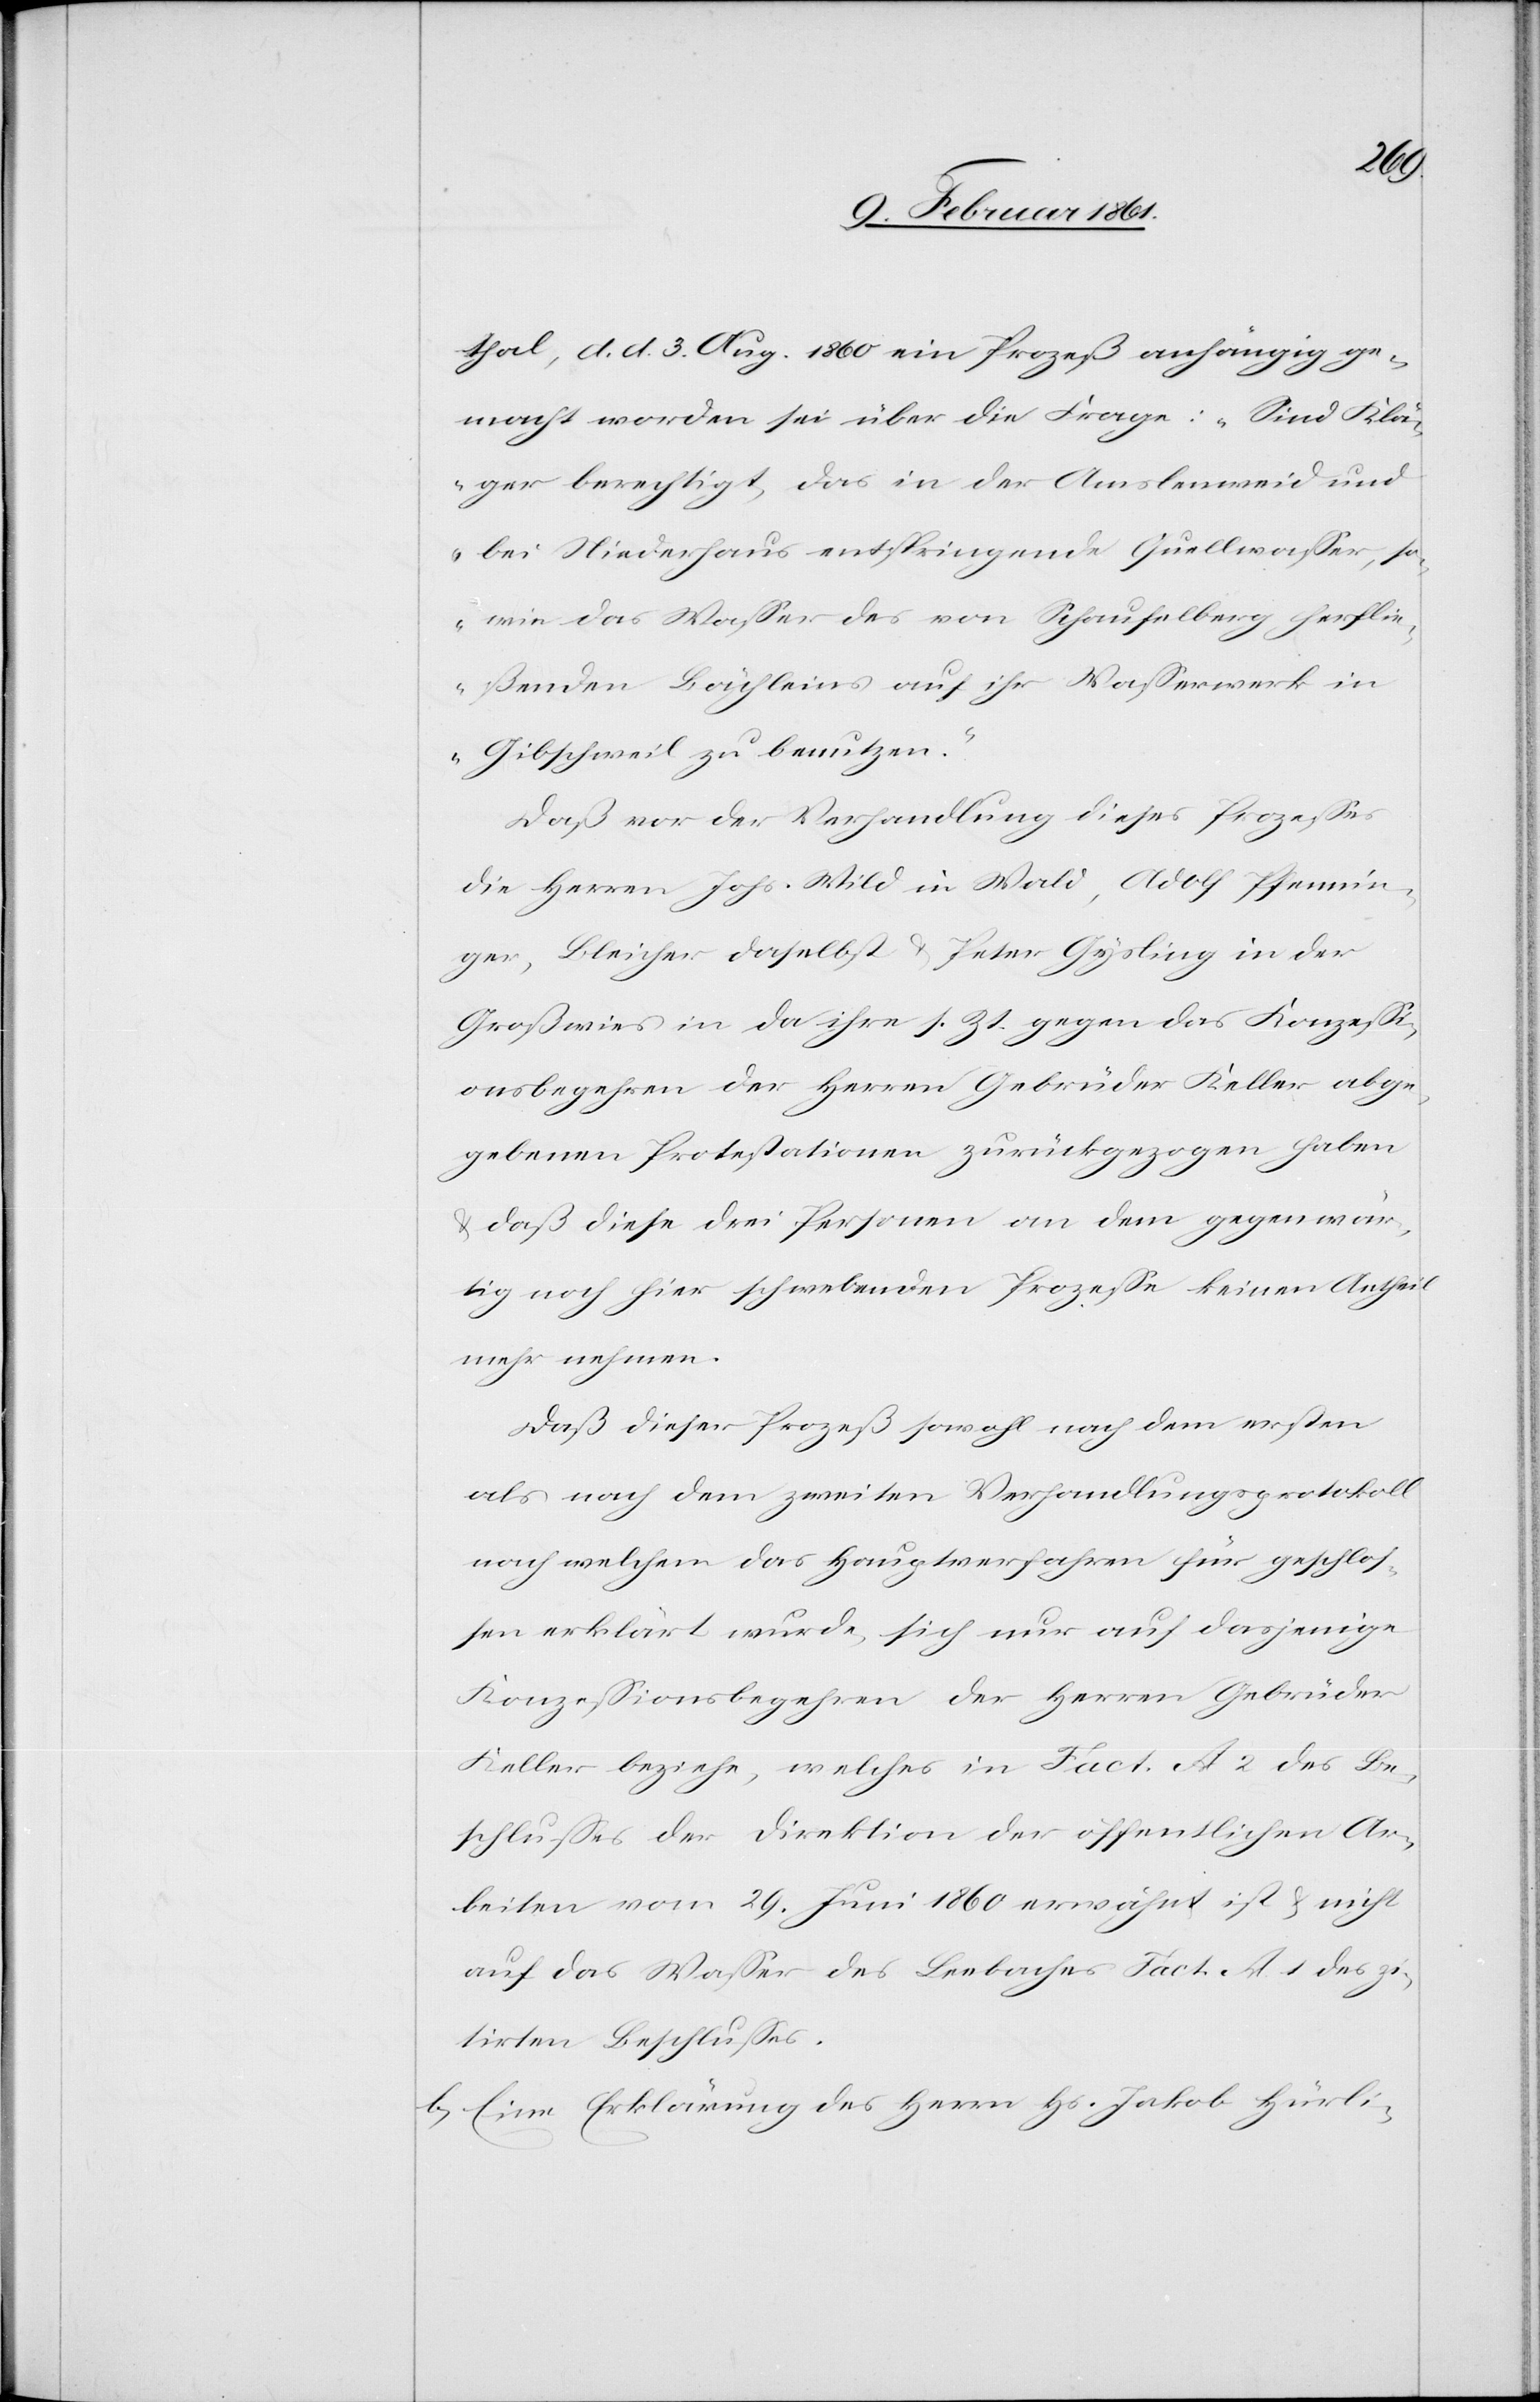
thal, d. d. 3. Aug. 1860 ein Prozeß anhängig ge¬
macht worden sei über die Frage: „Sind Klä¬
ger berechtigt, das in der Amslenweid und
bei Niederhaus entspringende Quellwasser, so
wie das Wasser des von Schaufelberg herflie¬
ßenden Bächleins auf ihr Wasserwerk in
Gibschweil zu benutzen.“
Daß vor der Verhandlung dieses Prozesses
die Herren Johs. Wild in Wald, Adolf Pfennin¬
ger, Bleicher daselbst u. Peter Gysling in der
Großwies in da ihre s. Zt. gegen das Konzessi¬
onsbegehren der Herren Gebrüder Keller abge¬
gebenen Protestationen zurückgezogen haben
daß diese drei Personen an dem gegenwär¬
tig noch hier schwebenden Prozesse keinen Antheil
mehr nehmen.
Daß dieser Prozeß sowohl nach dem ersten
als nach dem zweiten Verhandlungsprotokoll
nach welchem das Hauptverfahren für geschlos¬
sen erklärt wurde, sich nur auf dasjenige
Konzessionsbegehren der Herren Gebrüder
Keller beziehe, welches in Fact. A 2 des Be¬
schlusses der Direktion der öffentlichen Ar¬
beiten vom 29. Juni 1860 erwähnt ist u. nicht
auf das Wasser des Leebaches Fact. A. 1 des zi¬
tirten Beschlusses.
b) Eine Erklärung des Herrn Hs. Jakob Hürli-